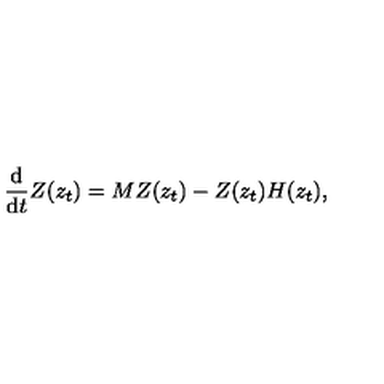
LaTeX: \displaystyle { \frac { \mathrm { d } } { \mathrm { d } t } Z ( z _ { t } ) = M Z ( z _ { t } ) - Z ( z _ { t } ) H ( z _ { t } ) } ,